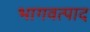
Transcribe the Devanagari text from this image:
भागवत्पाद